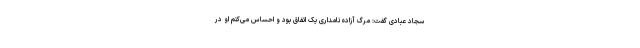
سجاد عبادی گفت: مرگ آزاده نامداری یک اتفاق بود و احساس می‌کنم او در